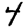
Digit: 4